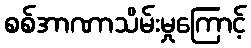
စစ်အာဏာသိမ်းမှုကြောင့်